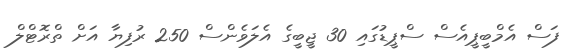
ފަސް އެމްބީޕީއެސް ސްޕީޑުގައި 30 ޖީބީގެ އެލަވެންސް 250 ރުފިޔާ އަށް ތްރޮޓްލް